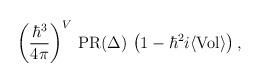
LaTeX: \begin{align*}\left({\hbar^3\over 4\pi}\right)^V\,{\rm PR}(\Delta)\,\left(1-\hbar^2 i\langle{\rm Vol}\rangle\right),\end{align*}